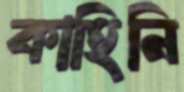
কাহিনি